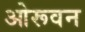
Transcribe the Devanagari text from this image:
ओरूवन